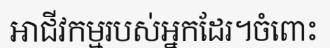
អាជីវកម្មរបស់អ្នកដែរ។ចំពោះ